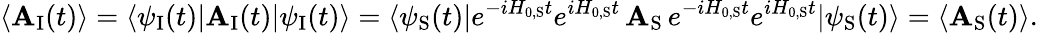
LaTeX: \langle\mathbf{A}_{\mathrm{{I}}}(t)\rangle=\langle\psi_{\mathrm{{I}}}(t)|\mathbf{A}_{\mathrm{{I}}}(t)|\psi_{\mathrm{{I}}}(t)\rangle=\langle\psi_{\mathrm{{S}}}(t)|e^{-iH_{0,{\mathrm{{S}}}}t}e^{iH_{0,{\mathrm{{S}}}}t}\, \mathbf{A}_{\mathrm{{S}}}\, e^{-iH_{0,{\mathrm{{S}}}}t}e^{iH_{0,{\mathrm{{S}}}}t}|\psi_{\mathrm{{S}}}(t)\rangle=\langle\mathbf{A}_{\mathrm{{S}}}(t)\rangle.